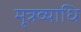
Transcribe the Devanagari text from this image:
मूत्रव्याधि